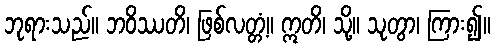
ဘုရားသည်။ ဘဝိဿတိ၊ ဖြစ်လတ္တံ့။ ဣတိ၊ သို့။ သုတွာ၊ ကြား၍။